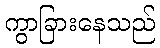
ကွာခြားနေသည်